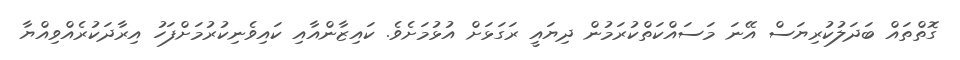
ގޮތްތައް ބަދަލުކުރިޔަސް އޭނަ މަސައްކަތްކުރަމުން ދިޔައީ ރަގަޅަށް އުޅުމަށެވެ. ކައިޒާންއާއި ކައިވެނިކުރުމަށްފަހު އިރާދަކުރެއްވިއްޔާ